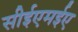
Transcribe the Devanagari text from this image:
सीईएमईए